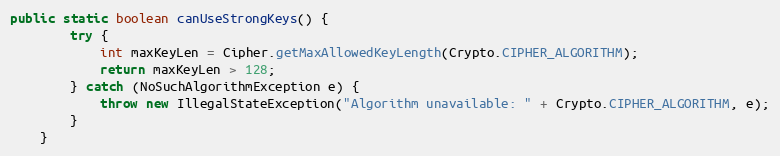
Language: Java
public static boolean canUseStrongKeys() {
        try {
            int maxKeyLen = Cipher.getMaxAllowedKeyLength(Crypto.CIPHER_ALGORITHM);
            return maxKeyLen > 128;
        } catch (NoSuchAlgorithmException e) {
            throw new IllegalStateException("Algorithm unavailable: " + Crypto.CIPHER_ALGORITHM, e);
        }
    }